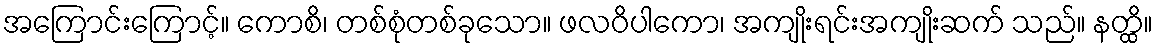
အကြောင်းကြောင့်။ ကောစိ၊ တစ်စုံတစ်ခုသော။ ဖလဝိပါကော၊ အကျိုးရင်းအကျိုးဆက် သည်။ နတ္ထိ။